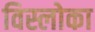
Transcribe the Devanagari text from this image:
विस्लोका